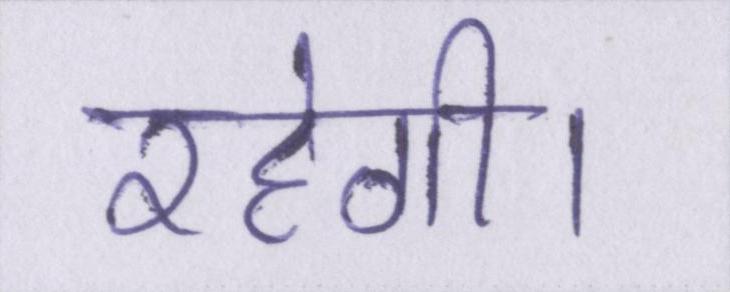
रहेगी।